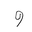
Letter: _waw